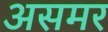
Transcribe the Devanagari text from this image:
असमर